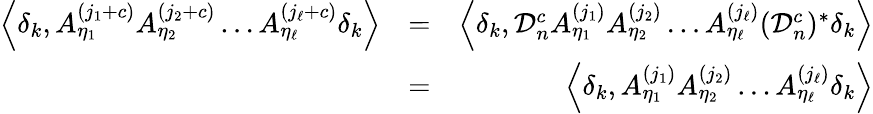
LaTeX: \begin{array}{rlr}{\left\langle\delta_{k},A_{\eta_{1}}^{(j_{1}+c)}A_{\eta_{2}}^{(j_{2}+c)}\ldots A_{\eta_{\ell}}^{(j_{\ell}+c)}\delta_{k}\right\rangle}&{=}&{\left\langle\delta_{k},\mathcal{D}_{n}^{c}A_{\eta_{1}}^{(j_{1})}A_{\eta_{2}}^{(j_{2})}\ldots A_{\eta_{\ell}}^{(j_{\ell})}(\mathcal{D}_{n}^{c})^{*}\delta_{k}\right\rangle}\\ &{=}&{\left\langle\delta_{k},A_{\eta_{1}}^{(j_{1})}A_{\eta_{2}}^{(j_{2})}\ldots A_{\eta_{\ell}}^{(j_{\ell})}\delta_{k}\right\rangle}\end{array}